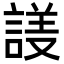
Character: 𬢱